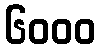
၆၀၀၀